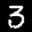
Label: 3